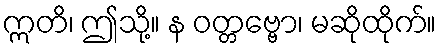
ဣတိ၊ ဤသို့။ န ဝတ္တဗ္ဗော၊ မဆိုထိုက်။